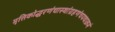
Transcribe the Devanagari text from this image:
मृत्तिकोद्धरणंचास्थांग्रहणंचयथाक्रमं